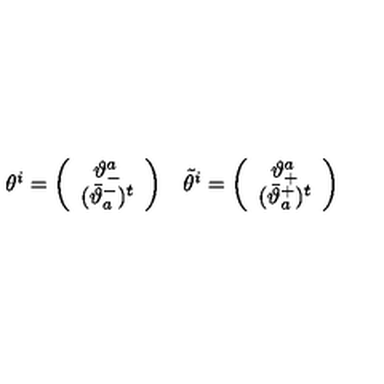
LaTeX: \begin{array} { c c } { \theta ^ { i } = \left( \begin{array} { c } { \vartheta _ { - } ^ { a } } \\ { ( \bar { \vartheta } _ { a } ^ { - } ) ^ { t } } \\ \end{array} \right) } & { \tilde { \theta } ^ { i } = \left( \begin{array} { c } { \vartheta _ { + } ^ { a } } \\ { ( \bar { \vartheta } _ { a } ^ { + } ) ^ { t } } \\ \end{array} \right) } \\ \end{array}